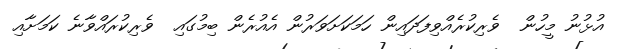
އުޅުނު މީހުން  ވެރިކުރެއްވިފަދައިން ހަމަކަށަވަރުން އެއުރެން ބިމުގައި  ވެރިކުރައްވާނެ ކަމަށާއި